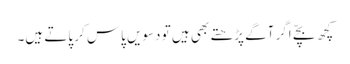
کچھ بچّے اگر آگے پڑھتے بھی ہیں تو دسویں پاس کر پاتے ہیں۔